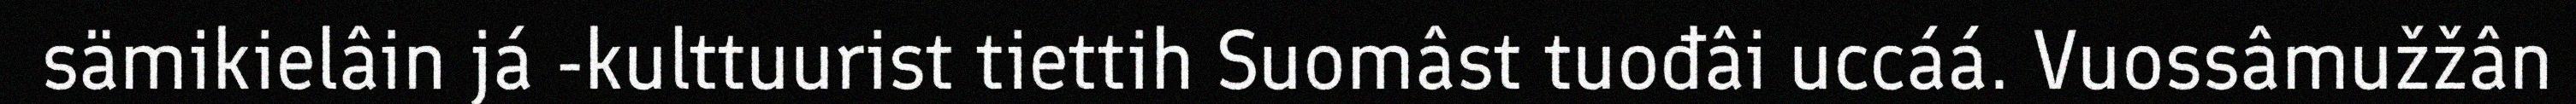
sämikielâin já -kulttuurist tiettih Suomâst tuođâi uccáá. Vuossâmužžân